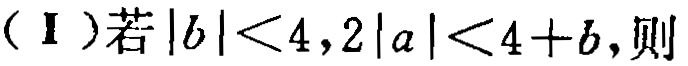
(Ⅰ)若\(|b| < 4,2|a| < 4 + b\)，则